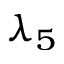
\lambda _ { 5 }